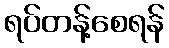
ရပ်တန့်စေရန်